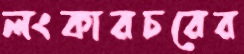
লংকারচরের